Leaving Certificate Examination, 1916
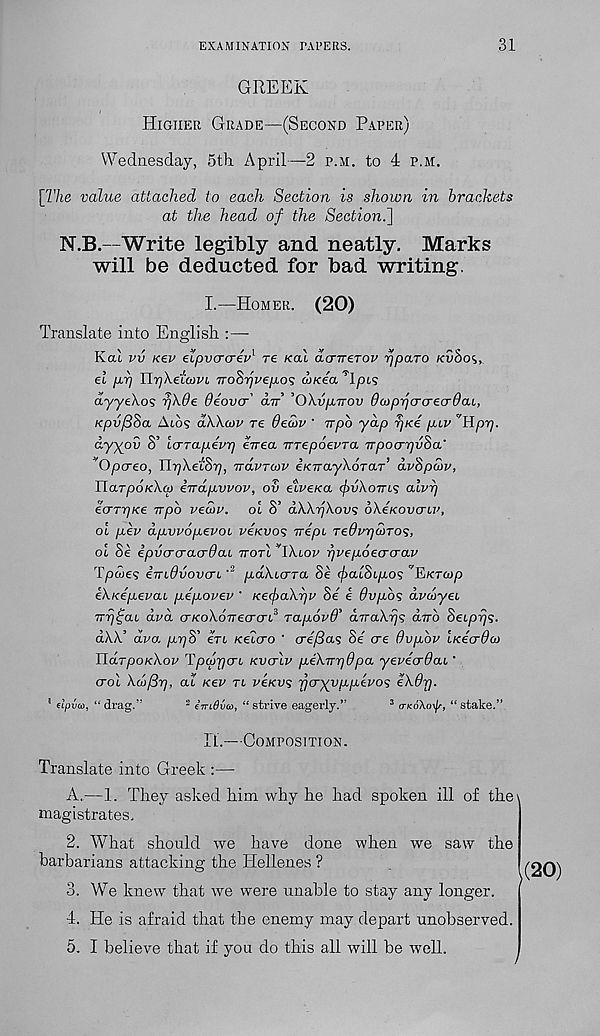
EXAMINATION PAPERS.
31
GREEK
Higher Grade—(Second Paper)
Wednesday, 5th. April—2 p.m. to 4 p.m.
[The value attached to each Section is shown in brackets
at the head of the Section^]
N.B.—Write legibly and neatly. Marks
will be deducted for bad writing.
I.—Homer. (20)
Translate into English :—
Kcu vv kcv elpvcrcrev 1 re kcll dcnrerov rjpaTO Kvboi,
el pr) UphetcovL TToZrjvepo^ w/cea ’lpis
dyyeA.o? rjX0e Oeovcr' anr ’OXvpTrov daipujcrcrecrOcu,
KpvfBSa Atos dWcsv re 6ewv ‘ irpb yap rjKe piv 'itprj.
dyyov 8’ icrTapevr) eirea vrepoevra npocrrjvSa'
Opcreo, TbrjXeiSrj, TrdvTwv iKnayhoTar dvSpan',
UaTpoieXa) irrapwov, ov elveiea (f>v\oTTLS alvrj
eo’TrjKe tvpb vean'. ol S’ aWnjXovs oXeKovcnp,
oi per dpvpopevoL peievos irepi Te6vrj(hT0<i,
ol Se epvcrcracrOaL rrorl v 1Xlop rjrepoecrcrar
Tpwes iTridvovcrLpaXLcrra Se (^aiSt/xos 'EiKTwp
eXKepevaL peporev ' KecjiaXrjp Se e Ovpbs dpcoyeL
Trrj^aL dpd crKoXoTTecrcrd' rapord’ aTraXyg dub SeLprjs.
dXX’ dpa pr)S’ ert xeicro ' cre/3a<; Se ere Ovpbv LKecrOat
HaTpoKXop TpcfrjcrL kvctIp peXurjOpa yereerdae'
oral XcL/Brj, au Kev tl veKVs ycryvppepos eXOrj.
’ eipum, “drag.”
2 iniStm, “strive eagerly.”
3 o-koXoi/s, “stake.”
H.—Composition.
Translate into Greek :—
A.—1. They asked him why he had spoken ill of the\
magistrates,
2. What should we have done when we saw the
barbarians attacking the Hellenes ?
3. We knew that we were unable to stay any longer.
4. He is afraid that the enemy may depart unobserved.
5. I believe that if you do this all will be well.